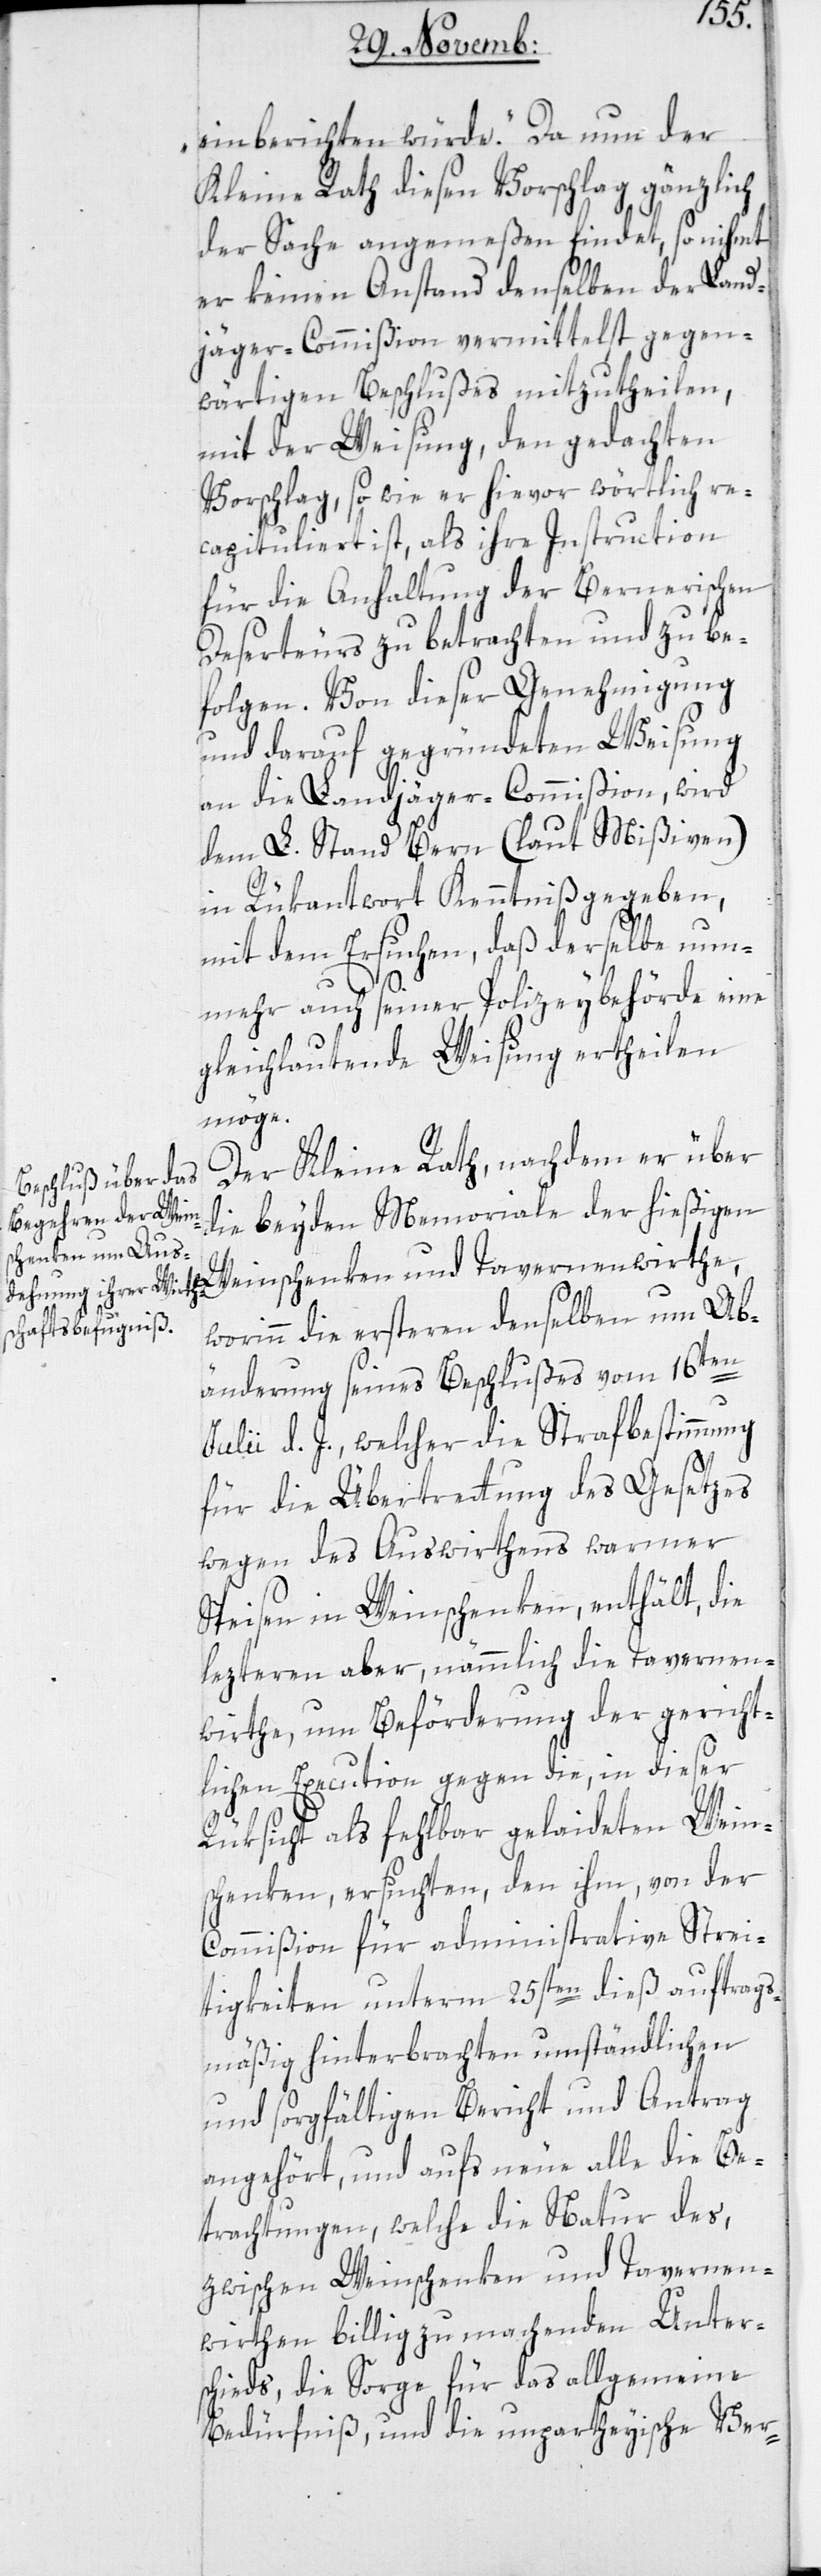
einberichten würde“. Da nun der
Kleine Rath diesen Vorschlag gänzlich
der Sache angemeßen findet, so nihmt
er keinen Anstand denselben der Land¬
jäger-Commißion vermittelst gegen¬
wärtigen Beschlußes mitzutheilen,
mit der Weisung, den gedachten
Vorschlag, so wie er hievor wörtlich re¬
capituliert ist, als ihre Instruction
für die Anhaltung der Bernerischen
Deserteurs zu betrachten und zu be¬
folgen. Von dieser Genehmigung
und darauf gegründeten Weisung
an die Landjäger-Commißion wird
dem L. Stand Bern (laut Mißiven)
in Rükantwort Kenntniß gegeben,
mit dem Ersuchen, daß derselbe nun¬
mehr auch seiner Polizeybehörde eine
gleichlautende Weisung ertheilen
möge.
Der Kleine Rath, nachdem er über
die beyden Memoriale der hießigen
worinn die ersteren denselben um Ab¬
änderung seines Beschlußes vom 16ten
Julii d. J., welcher die Strafbestimmung
für die Übertretung des Gesetzes
wegen des Auswirthens warmer
Speisen in Weinschenken, enthält, die
lezteren aber, nämmlich die Tavernen¬
wirthe, um Beförderung der gericht¬
lichen Execution gegen die, in dieser
Rüksicht als fehlbar gelaideten Wein¬
schenken, ersuchten, den ihm, von der
Commißion für administrative Strei¬
tigkeiten unterm 25sten dieß auftrags¬
mäßig hinterbrachten umständlichen
und sorgfältigen Bericht und Antrag
angehört, und aufs Neue alle die Be¬
trachtungen, welche die Natur des,
zwischen Weinschenken und Tavernen¬
wirthen billig zu machenden Unter¬
schiedes, die Sorge für das allgemeine
Bedürfniß, und die unpartheyische Ver-